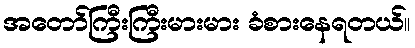
အတော်ကြီးကြီးမားမား ခံစားနေရတယ်။